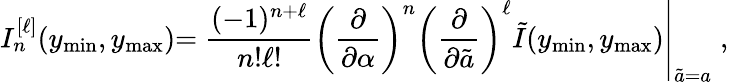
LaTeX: I_{n}^{[\ell]}(y_{\mathrm{min}},y_{\mathrm{max}})\left.={\frac{(-1)^{n+\ell}}{n!\ell!}}\left(\frac{\partial}{\partial\alpha}\right)^{n}\left(\frac{\partial}{\partial\tilde{a}}\right)^{\ell}\tilde{I}(y_{\mathrm{min}},y_{\mathrm{max}})\right|_{\tilde{a}=a}\; ,